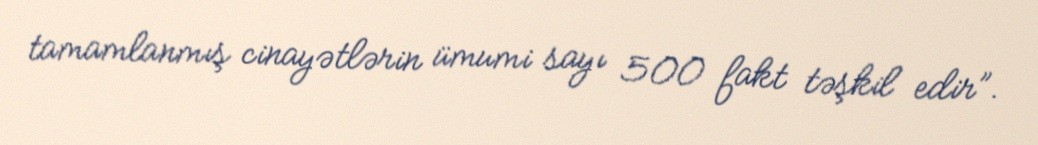
tamamlanmış cinayətlərin ümumi sayı 500 fakt təşkil edir”.